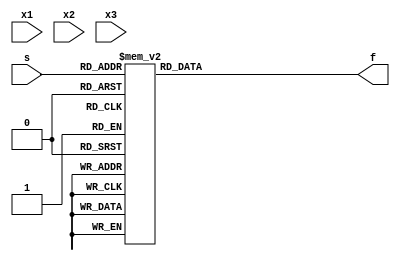
module func201(x1,x2,x3,s,f);
input x1,x2,x3;
input[2:0]s;
output reg f;
always @(x1,x2,x3,s)
case(s)
0:f=1;
1:f=0;
2:f=1;
3:f=1;
4:f=1;
5:f=1;
6:f=1;
7:f=0;

endcase
endmodule